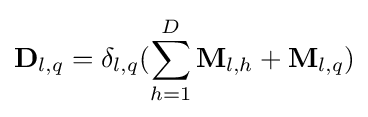
\mathbf {D} _{l,q}=\delta _{l,q}(\sum \limits _{h=1}^{D}\mathbf {M} _{l,h}+\mathbf {M} _{l,q})